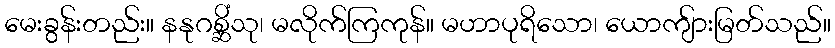
မေးခွန်းတည်း။ နနုဂစ္ဆိံသု၊ မလိုက်ကြကုန်။ မဟာပုရိသော၊ ယောကျ်ားမြတ်သည်။